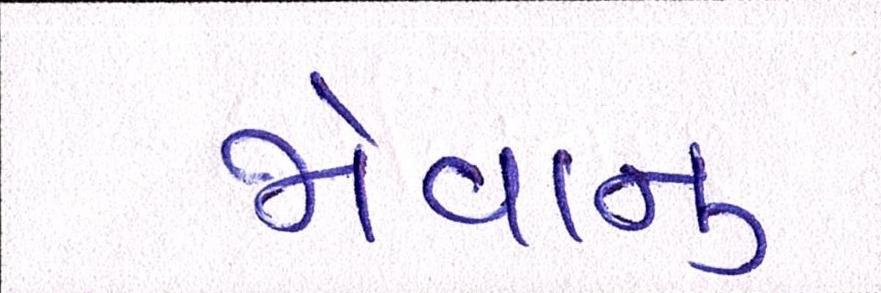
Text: જોવાનું